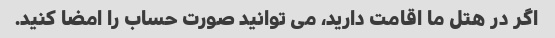
اگر در هتل ما اقامت دارید، می توانید صورت حساب را امضا کنید.